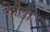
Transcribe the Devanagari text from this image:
चेन्नैला